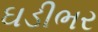
ઘડીભર